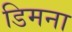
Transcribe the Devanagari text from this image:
डिमना